Laidoner,_Johan, lk 129
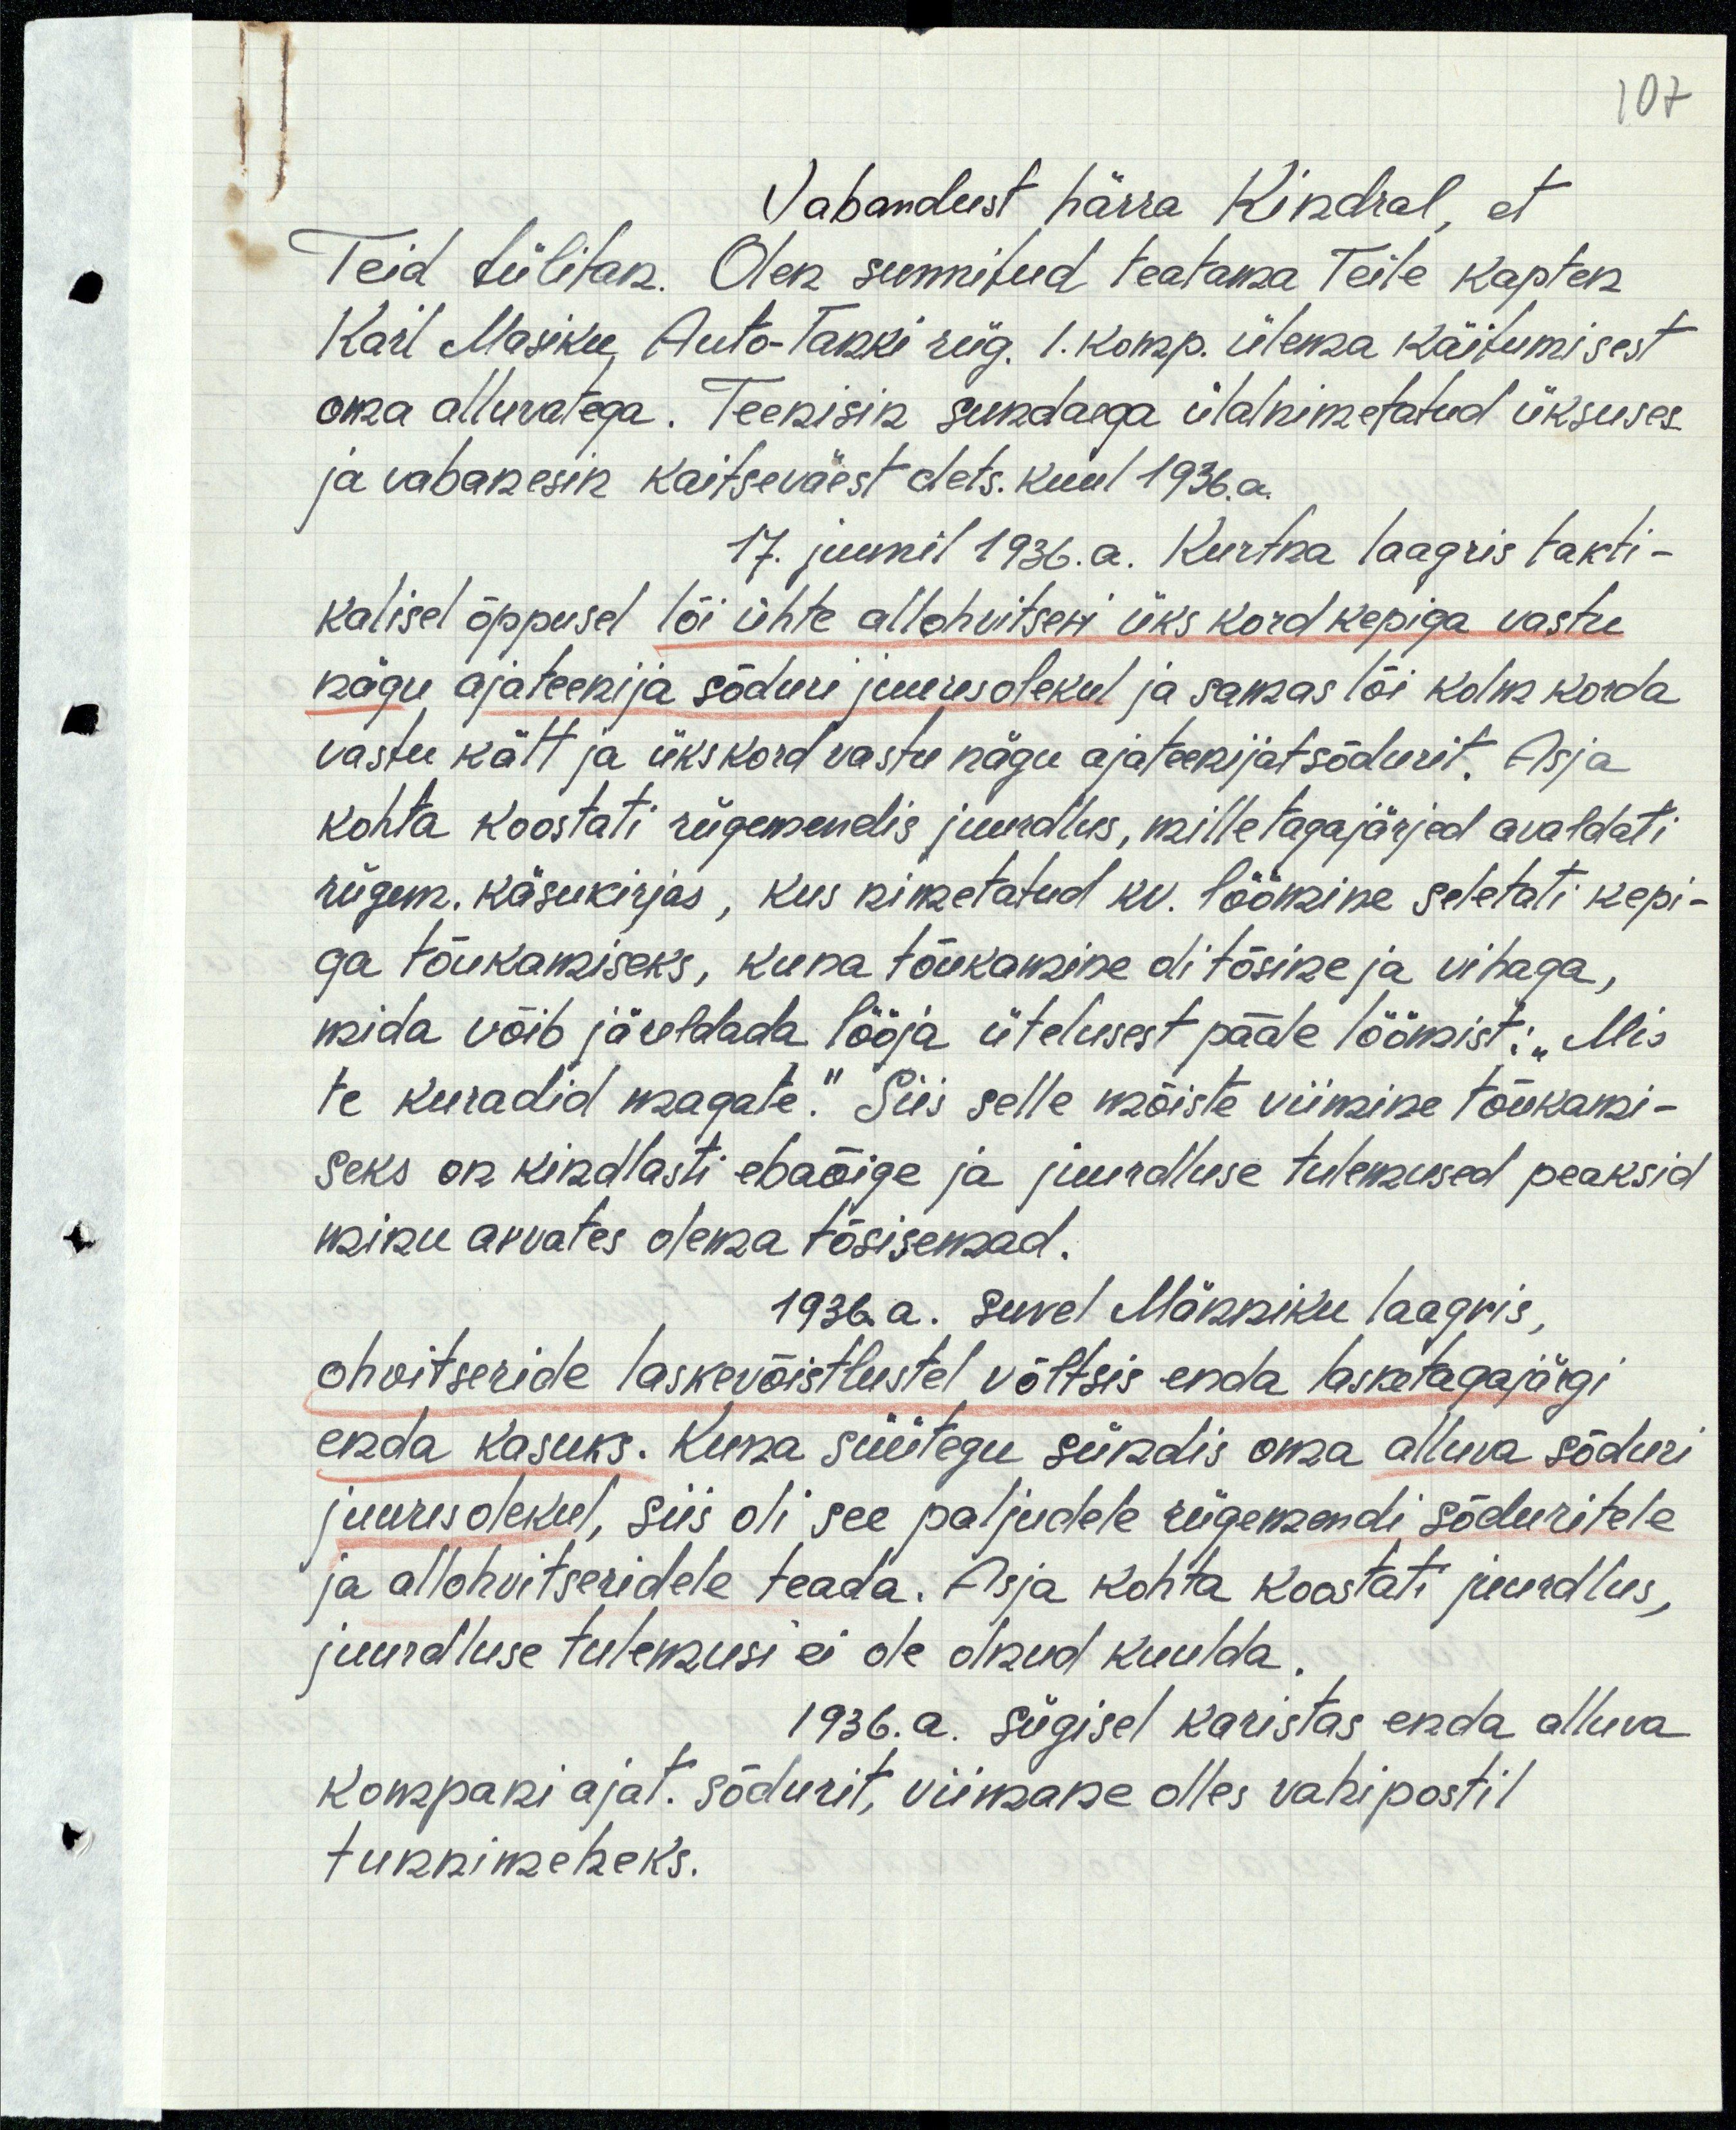
107
Vabandust härra Kindral, et
Teid tülitan. Olen sunnitud teatama Teile kapten
Kail Masiku, Auto-Tanki rüg. 1. komp. ülema käitumisest
oma alluvatega. Teenisin sundaega ülalnimetatud üksuses
ja vabanesin kaitseväest dets. kuul 1936. a.
17. juunil 1936.a. Kurtna laagris takti-
kalisel õppusel lõi ühte allohvitseri üks kord kepiga vastu
nägu, ajateenija sõduri juuresolekul ja samas lõi kolm korda
vastu kätt ja ükskord vastu nägu ajateenijat sõdurit. Asja
kohta koostati rügemendis juurdlus, mille tagajärjed avaldati
rügem. käsukirjas, kus nimetatud kv. löömine seletati kepi-
ga tõukamiseks, kuna tõukamine oli tõsine ja vihaga,
mida võib järeldada lööja ütelusest pääle löömist: „Mis
te kuradid magate." Siis selle mõiste viimine tõukami-
seks on kindlasti ebaõige ja juurdluse tulemused peaksid
minu arvates olema tõsisemad.
1936.a. Suvel Männiku laagris,
ohvitseride laskevõistlustel võltsis enda lasketagajärgi
enda kasuks. Kuna süütegu sündis oma alluva sõduri
juuresolekul, siis oli see paljudele rügemendi sõduritele
ja allohvitseridele teada. Asja kohta koostati juurdlus,
juurdluse tulemusi ei ole olnud kuulda.
1936. a. sügisel karistas enda alluva
kompani ajat. sõdurit, viimane olles vahipostil
tunnimeheks.